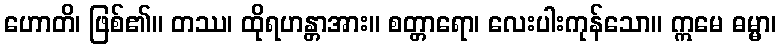
ဟောတိ၊ ဖြစ်၏။ တဿ၊ ထိုရဟန္တာအား။ စတ္တာရော၊ လေးပါးကုန်သော။ ဣမေ ဓမ္မာ၊